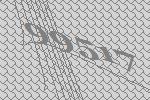
99517